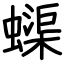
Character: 蟝